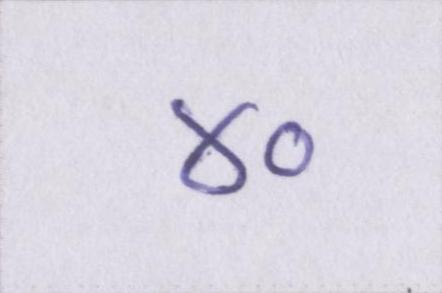
४०